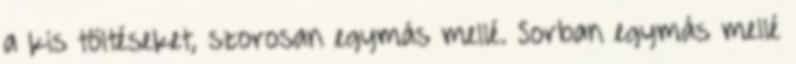
a kis töltéseket, szorosan egymás mellé. Sorban egymás mellé